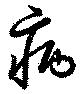
病